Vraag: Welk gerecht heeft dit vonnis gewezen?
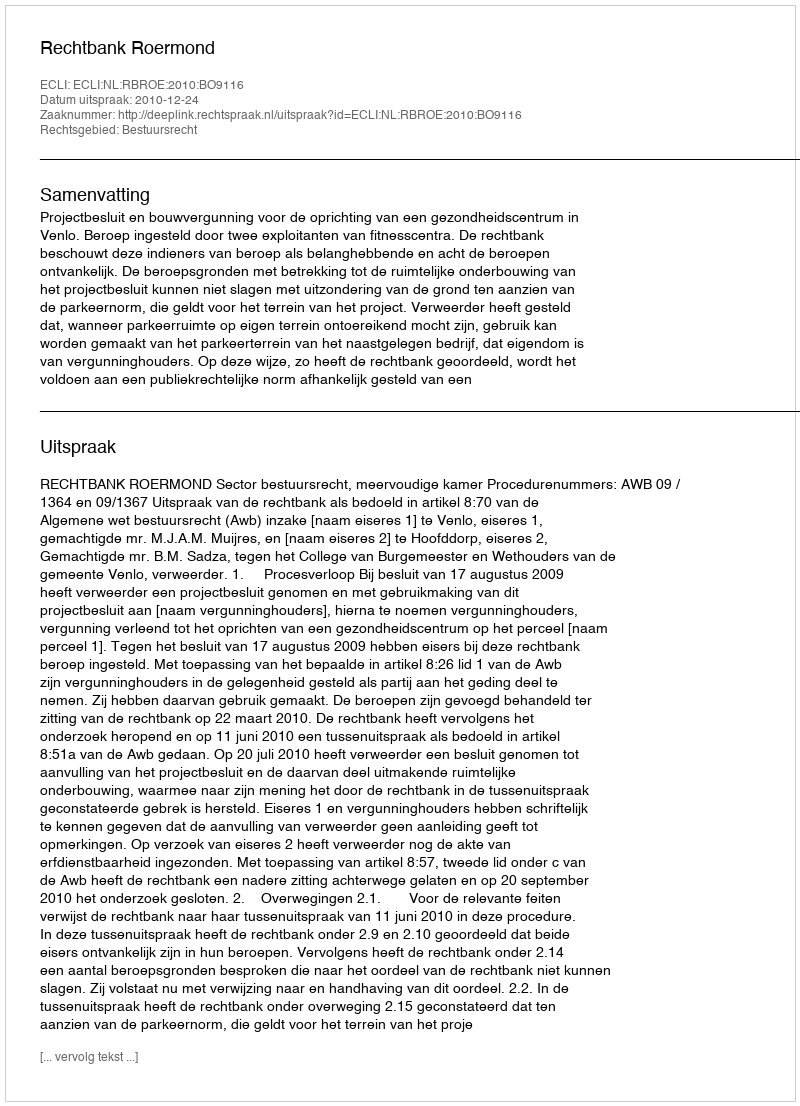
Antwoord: Rechtbank Roermond